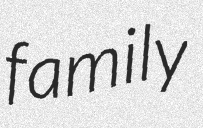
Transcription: family